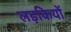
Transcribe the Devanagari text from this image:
लड़कियों